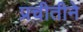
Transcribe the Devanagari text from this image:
प्रचीतीने